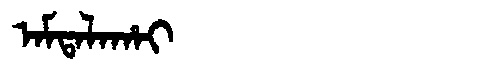
Manchu: ᠠᠮᡨᠠᠯᠠᡥᠠᡳ
Romanization: AMTALAHAI